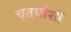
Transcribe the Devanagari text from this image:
चुतर्थांशों